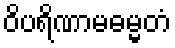
ဝိပရိဏာမဓမ္မတံ